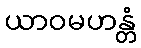
ယာဝမဟန္တံ